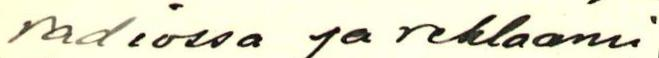
radiossa ja reklaami